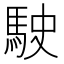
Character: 駛